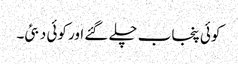
کوئی پنجاب چلے گئے اور کوئی دبئی۔